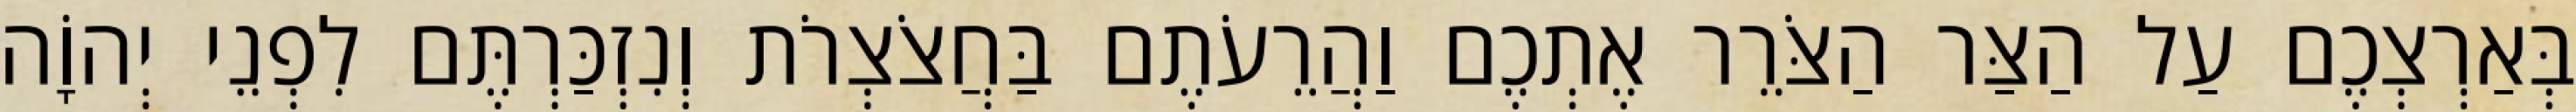
בְּאַרְצְכֶם עַל הַצַּר הַצֹּרֵר אֶתְכֶם וַהֲרֵעֹתֶם בַּחֲצֹצְרֹת וְנִזְכַּרְתֶּם לִפְנֵי יְהוָֹה